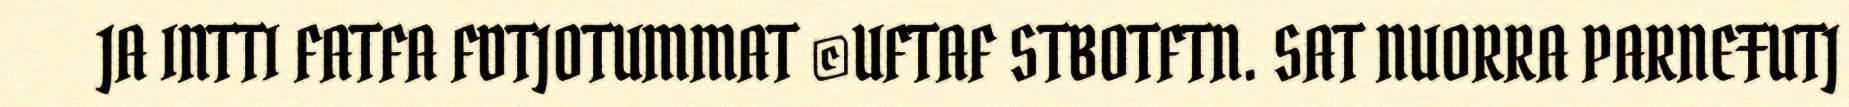
JA INTTI FATFA FDTJOTUMMAT ©UFTAF STBOTFTN. SAT NUORRA PARNEŦUTJ